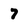
Character: 7